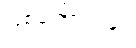
ဖြစ်ကြောင်းနှင့်